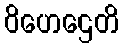
ဝိဟေဌေတိ